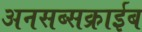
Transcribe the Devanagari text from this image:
अनसब्सक्राईब